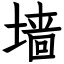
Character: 墙